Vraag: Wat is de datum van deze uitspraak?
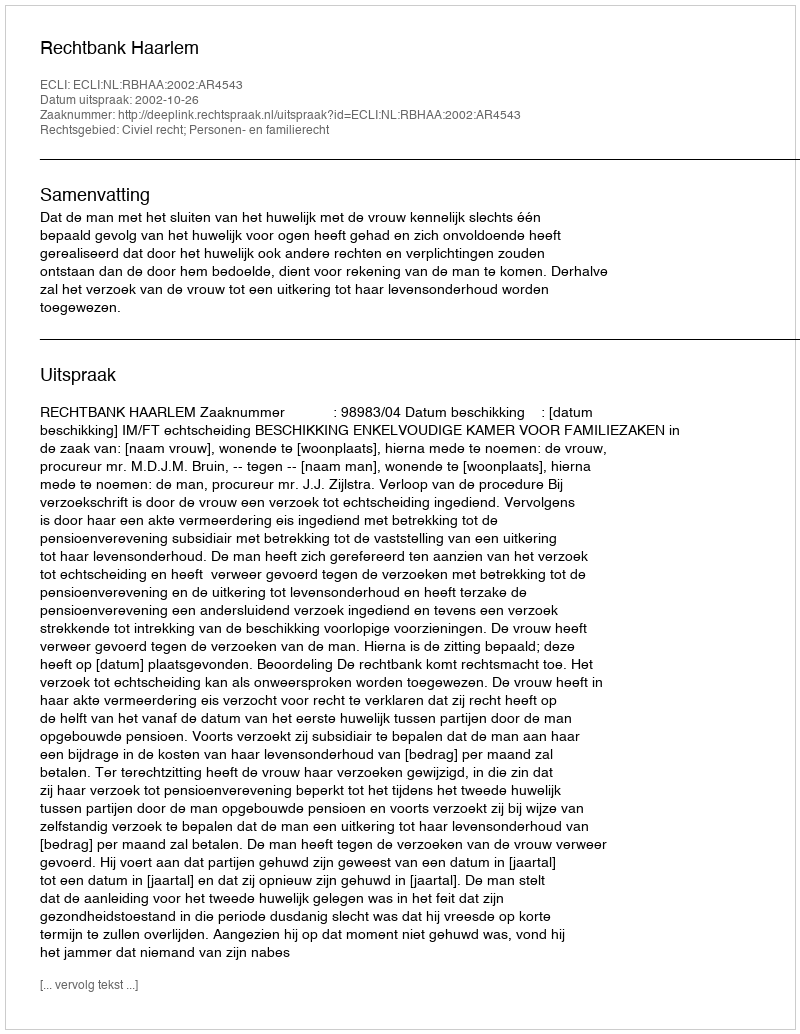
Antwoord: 2002-10-26